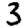
Digit: 3